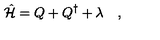
\hat { \cal H } = Q + Q ^ { \dagger } + \lambda \quad ,